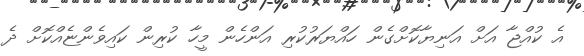
އެ ކުއްޖާ އަށް އަނިޔާކޮށްގެން ހައްޔަރުކުރި އަންހެން މީހާ ކުރިން ކައިވެންޏެއްކޮށް ދެ